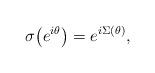
LaTeX: \begin{gather*}\sigma\big(e^{i\theta}\big)=e^{i\Sigma(\theta)},\end{gather*}